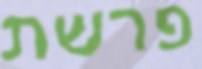
פרשת